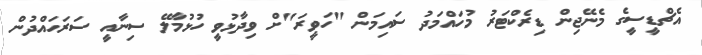
އެޗްޑީސީގެ މެނޭޖިން ޑިރެކްޓަރު މުހައްމަދު ސައިމަން "ހަވީރަ"ށް ވިދާޅުވީ ހުޅުމާލޭ ސިނާއީ ސަރަހައްދުން